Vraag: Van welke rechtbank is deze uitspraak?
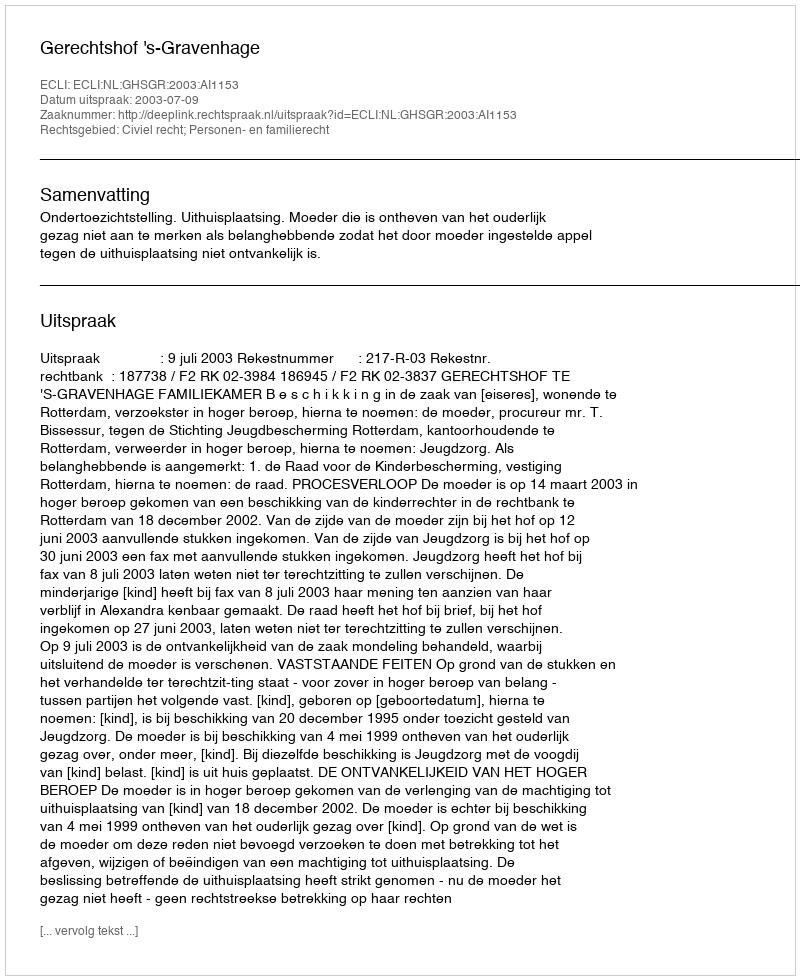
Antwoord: Gerechtshof 's-Gravenhage